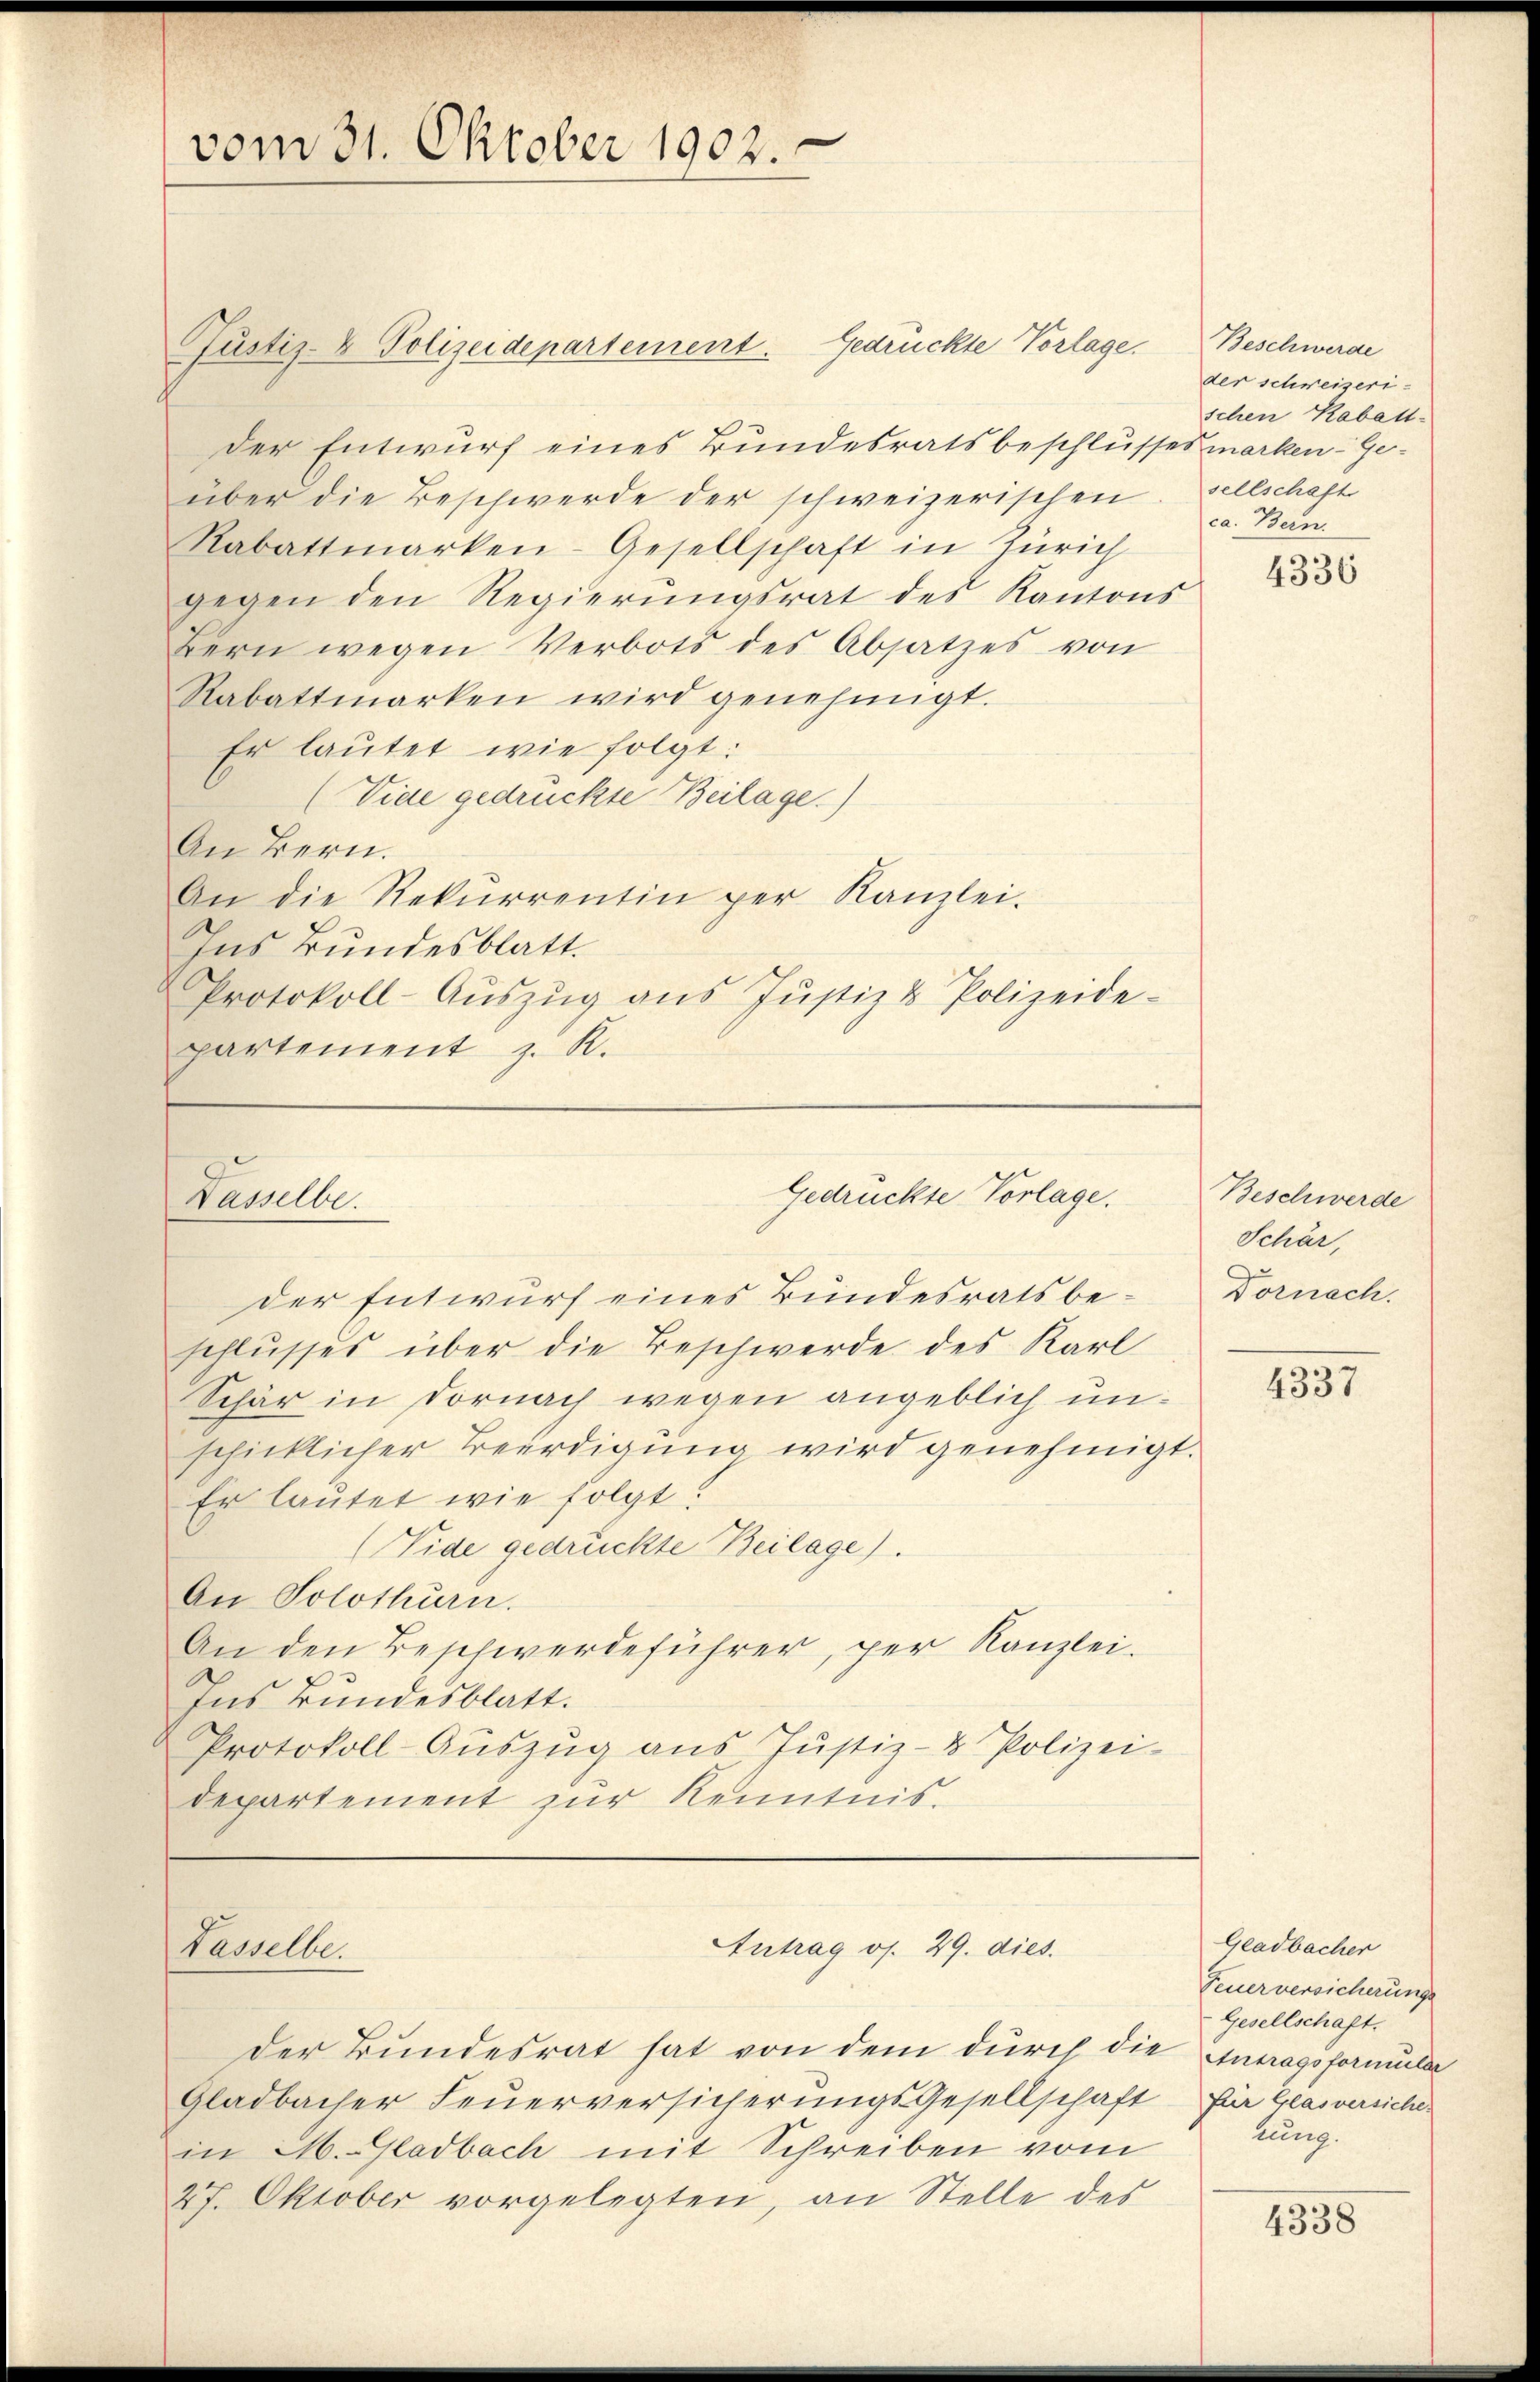
vom 31. Oktober 1902.

der Entwurf eines Bundesratsbeschlussesmarken-Ge-
über die Beschwerde der schweizerischen. sellschaft
Rabattmarken-Gesellschaft in Zürich
gegen den Regierŭngsrat des Kantons
Bern wegen Verbots des Absatzes von
Rabattmarken wird genehmigt.
Er laŭtet wie folgt:
(Vide gedrückte Beilage.)
An Bern.
An die Rekurrentin per Kanzlei.
Ins Bundesblatt.
Protokoll-Aŭszŭg aŭs Jŭstiz & Polizeide-
partement z. R.

Dasselbe.

Passelbe.

Justiz- & Polizeidepartement. Gedrückte Vorlage.

schlusses über die Beschwerde des Karl
Schär in Dornach wegen angeblich unschicklicher Beerdigung wird genehmigt.
Er lautet wie folgt:
(Vide gedrückte Beilage).
An Solothurn.
An den Beschwerdeführer, per Kanzlei.
Ins Bundesblatt.
Protokoll-Aŭszŭg ans Justiz- & Polizei-
departement zur Kenntnis.

Gedrückte Vorlage.
der Entwurf eines Bundesratsbe¬

Antrag os. 29. dies

der Bundesrat hat von dem durch die Antragsformular
Gladbacher Feŭerversicherungsgesellschaft für Glasversiche
in M. Gladbach mit Schreiben vom
27. Oktober vorgelegten, an Stelle des

Beschwerde
der schweizerischen Kabatt
ca. Bern.

4336

Beschwerde
Schär,
Dornach.

4337

Gladbacher
Feuerversicherungs
Gesellschaft.
zung.

4338